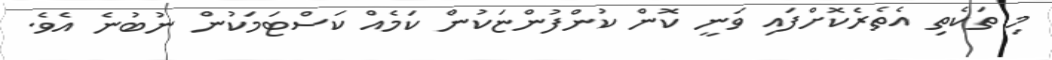
މި ތަކެތި އެތެރެކޮށްފައި ވަނީ ކޮން ކުންފުންޏަކުން ކަމެއް ކަސްޓަމަކުން ނުބުނެ އެވެ.